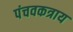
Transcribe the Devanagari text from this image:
पंचवकत्राय